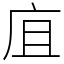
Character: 㡹